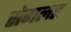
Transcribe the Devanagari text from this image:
सेगलर